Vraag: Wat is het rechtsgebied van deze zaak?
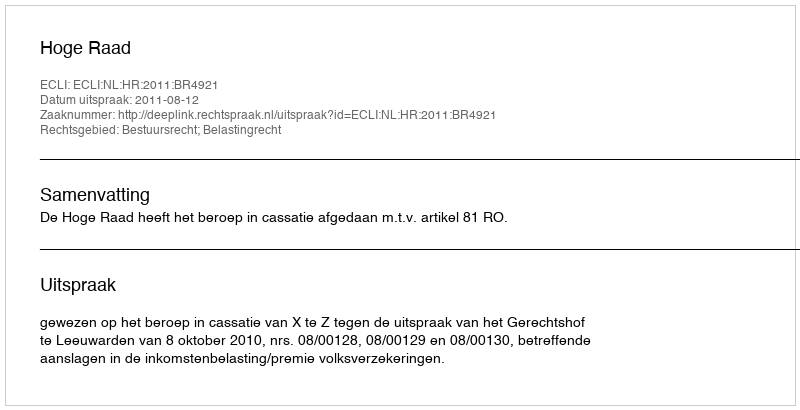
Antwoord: Bestuursrecht; Belastingrecht